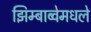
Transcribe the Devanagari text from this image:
झिम्बाब्वेमधले